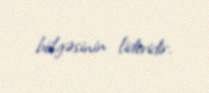
bölgəsinin lideridir.